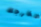
تخرجك